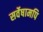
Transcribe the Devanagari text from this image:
सर्वेषामपि